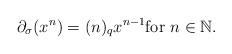
LaTeX: \begin{align*} \partial_{\sigma}(x^n) = (n)_{q}x^{n-1} \mathrm{for}\ n \in \mathbb N.\end{align*}